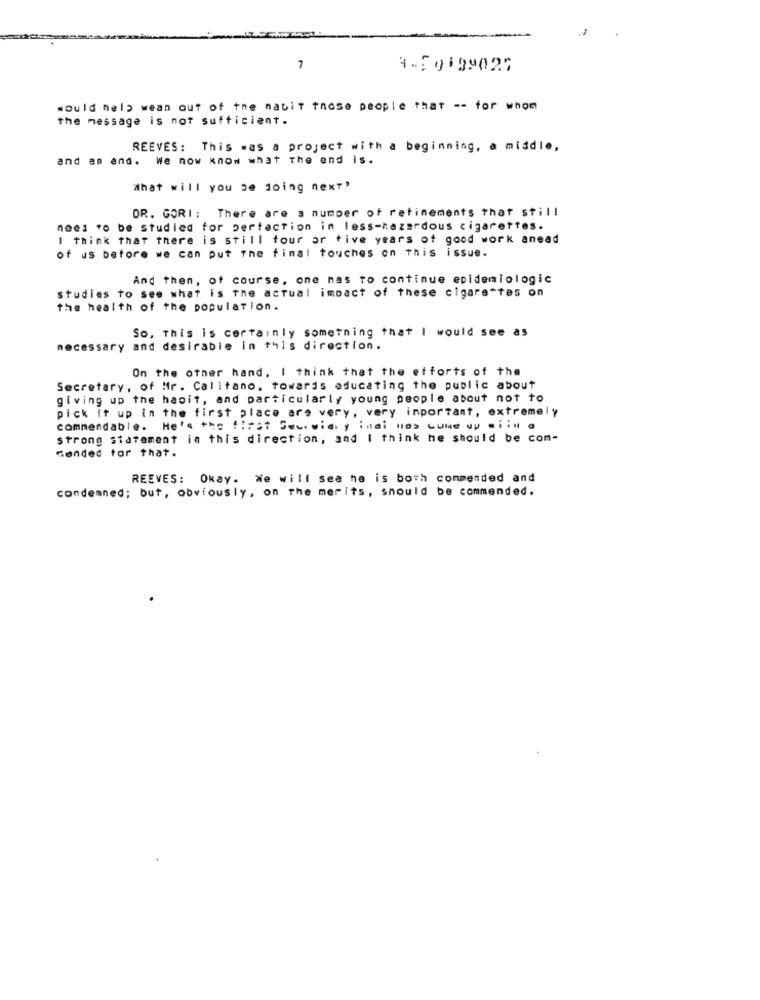
7
would help wean out of the nabit those people that -- for whom
the message is not sufficient.
REEVES: This was a project with a beginning, a middle,
and an and. We now Know what The end is.
What will you be doing next"
DR. GORI: There are a number of refinements that still
need to be studied for pertaction in less-hazardous cigarettes.
I think that there is still tour or tive years of good work anead
of us before we can put The final touches on This issue.
And then, of course, one nas to continue epidemiologic
studies to see what is the actual impact of these cigarettes on
the health of the population.
So, This is certainly something that I would see as
necessary and desirable in this direction.
On the other hand, I think that the efforts of the
Secretary, of Hr. Calltano, towards educating the public about
giving up the habit, and particularly young people about not to
pick it up in the first place are very, very important, extremely
commendable. He's the !!: :: Gewwicy inai nos come up .i il a
strong statement in this direction, and I think he should be com-
Gended tor that.
REEVES: Okay. We will see he is both commended and
condemned; but, obviously, on the merits, should be commended.